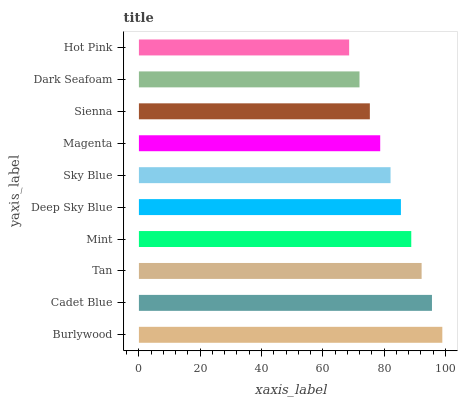
| yaxis_label | bars |
 | --- | --- |
 | Burlywood | 99 |
 | Cadet Blue | 95.6 |
 | Tan | 92.2 |
 | Mint | 88.9 |
 | Deep Sky Blue | 85.5 |
 | Sky Blue | 82.1 |
 | Magenta | 78.7 |
 | Sienna | 75.4 |
 | Dark Seafoam | 72 |
 | Hot Pink | 68.6 |